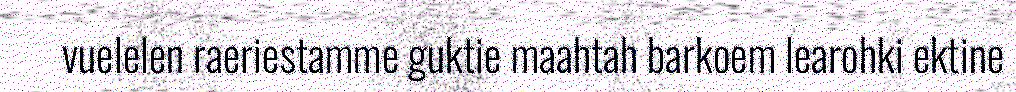
vuelelen raeriestamme guktie maahtah barkoem learohki ektine